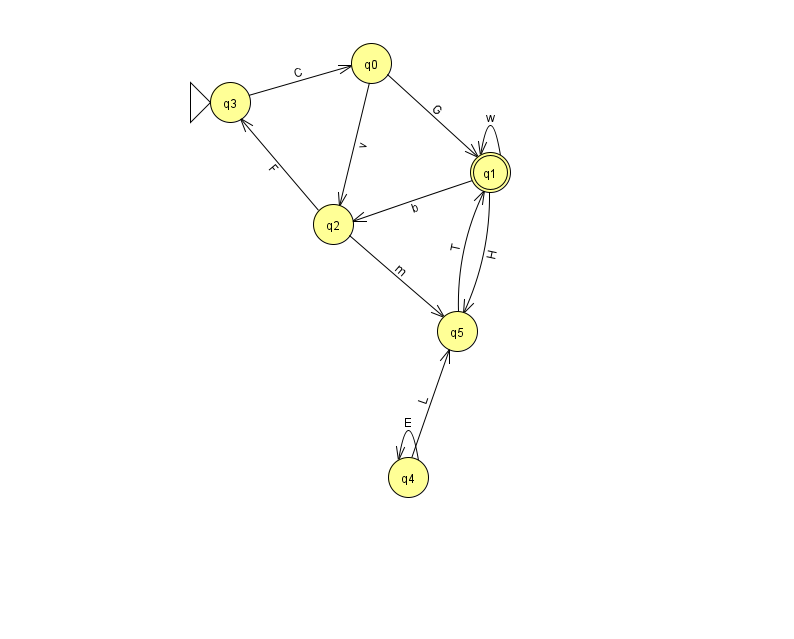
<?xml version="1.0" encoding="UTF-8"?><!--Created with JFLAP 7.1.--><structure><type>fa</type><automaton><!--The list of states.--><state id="0" name="q0"><x>371.0</x><y>50.0</y></state><state id="1" name="q1"><x>490.0</x><y>159.0</y><final/></state><state id="2" name="q2"><x>333.0</x><y>211.0</y></state><state id="3" name="q3"><x>230.0</x><y>89.0</y><initial/></state><state id="4" name="q4"><x>408.0</x><y>464.0</y></state><state id="5" name="q5"><x>457.0</x><y>318.0</y></state><!--The list of transitions.--><transition><from>0</from><to>2</to><read>v</read></transition><transition><from>2</from><to>5</to><read>m</read></transition><transition><from>5</from><to>1</to><read>T</read></transition><transition><from>2</from><to>3</to><read>F</read></transition><transition><from>4</from><to>4</to><read>E</read></transition><transition><from>3</from><to>0</to><read>C</read></transition><transition><from>1</from><to>1</to><read>w</read></transition><transition><from>0</from><to>1</to><read>G</read></transition><transition><from>1</from><to>2</to><read>b</read></transition><transition><from>1</from><to>5</to><read>H</read></transition><transition><from>4</from><to>5</to><read>L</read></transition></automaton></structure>